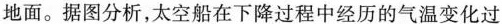
地面。据图分析，太空船在下降过程中经历的气温变化过